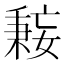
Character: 𫱤